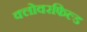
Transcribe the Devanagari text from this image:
क्लोवरफिल्ड